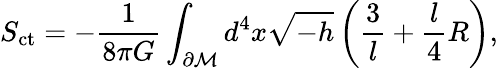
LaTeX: S_{\mathrm{ct}}=-\frac{1}{8\pi G}\int_{\partial\cal M}d^{4}x\sqrt{-h}\left(\frac{3}{l}+\frac{l}{4}R\right),